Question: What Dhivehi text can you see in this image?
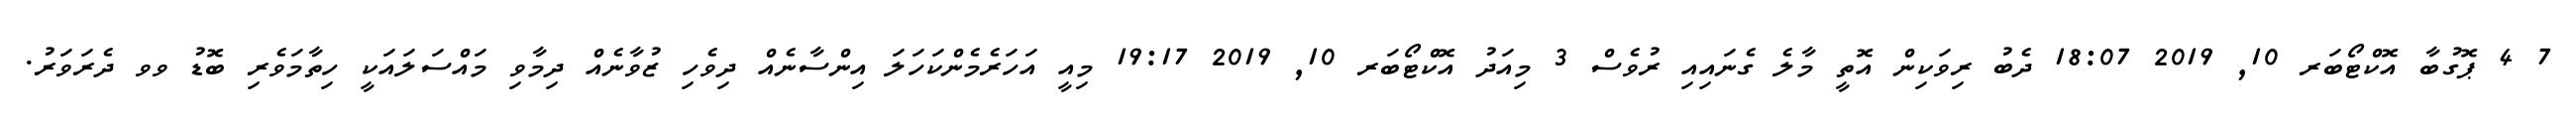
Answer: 7 4 ޕޮގުބާ އޮކްޓޯބަރ 10, 2019 18:07 ދެބު ރިވަކިން އޮތީ މާލެ ގެނައިއި ރުވެސް 3 މިއަދު އޮކްޓޯބަރ 10, 2019 19:17 މިއީ އަހަރެމެންކަހަލަ އިންސާނެއް ދިވެހި ޒުވާނެއް ދިމާވި މައްސަލައަކީ ހިތާމަވެރި ބޮޑު ވވ ދެރަވަރު.